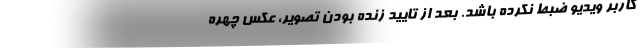
کاربر ویدیو ضبط نکرده باشد. بعد از تایید زنده بودن تصویر، عکس چهره